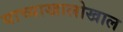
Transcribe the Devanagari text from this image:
याच्याखालोखाल